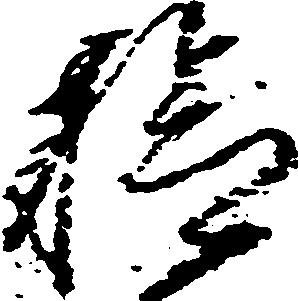
検